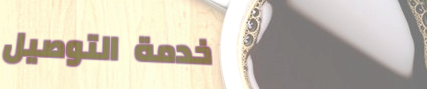
خدمة التوصيل